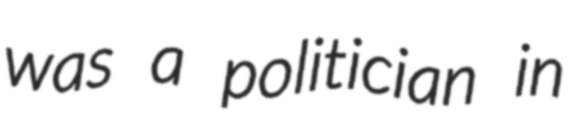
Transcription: was a politician in